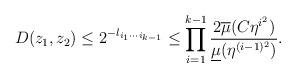
LaTeX: \begin{align*}D(z_{1},z_{2})\leq2^{-l_{i_{1}\cdots i_{k-1}}}\leq\prod_{i=1}^{k-1}\frac{2\overline{\mu}(C\eta^{i^{2}})}{\underline{\mu}(\eta^{(i-1)^{2}})}.\end{align*}